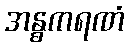
အန္ဓကရဏံ